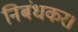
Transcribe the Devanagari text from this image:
निबंधकर।